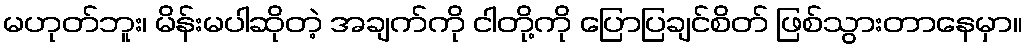
မဟုတ်ဘူး၊ မိန်းမပါဆိုတဲ့ အချက်ကို ငါတို့ကို ပြောပြချင်စိတ် ဖြစ်သွားတာနေမှာ။